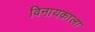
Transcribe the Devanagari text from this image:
विनायकाला